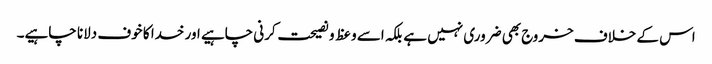
اس کے خلاف خروج بھی ضروری نہیں ہے بلکہ اسے وعظ و نصیحت کرنی چاہیے اور خدا کا خوف دلانا چاہیے۔